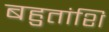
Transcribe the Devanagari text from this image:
बहुतांशि